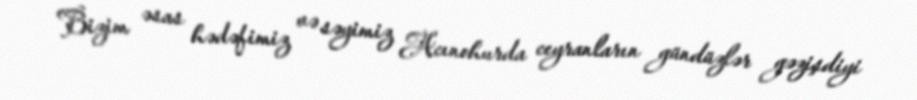
Bizim əsas hədəfimiz və səyimiz Acınohurda ceyranların gündüzlər gəzişdiyi